Leaving Certificate Examination, 1923
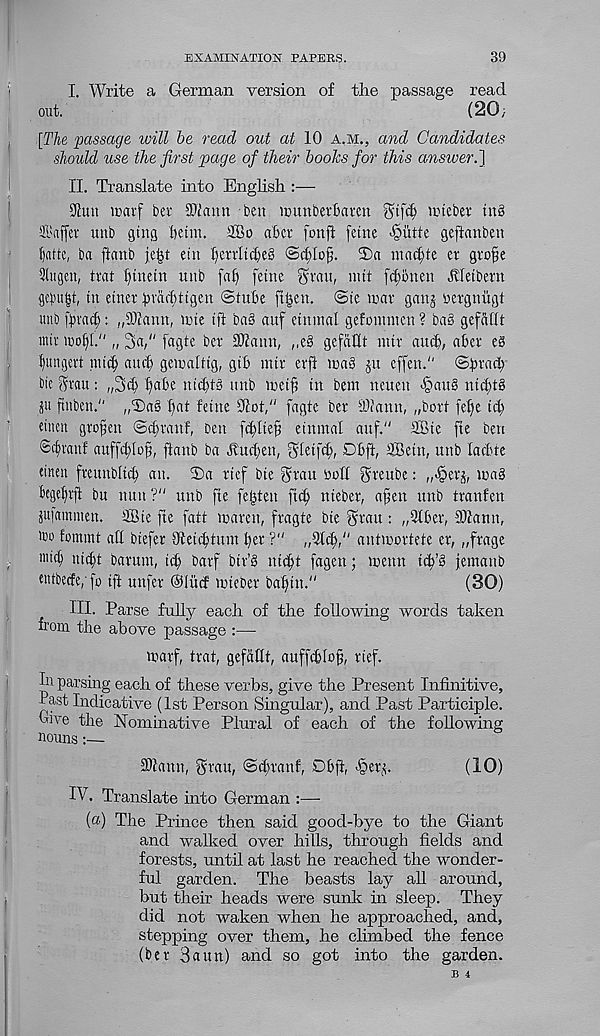
EXAMINATION PAPERS.
39
I. Write a German version of the passage read
out.
(20;
[The 'passage will be read out at 10 a.m., and Candidates
should use the first page of their boohs for this answer.]
II. Translate into English :—
9hut icarf ber SJiann ben munberfiavcn
nhebet tug
2.1'affer imb gtng teim.
aber fonft fetne
geftanben
^atte, ba ftcmb
etn I)crrltcbe§ @.§Iof. 2)a mac^te er gro^e
Sltigcn, trat l)tnetn unb [af) fetne gvatt, nttt f(t)bnen Jlfetbent
gcbu|t, tn etnev bvaittigen ©tube fhjcn. ©te war gang nergnitgl
unb fbvadjj: „3)iann, wte tft bag auf etnmal gefotnntcu ? bag gefaflt
intt U)o[)[." „ 3a," fagte ber Sliamt, ,,eg gefaUt nttr aucb, aber eg
ljungert tnic^ and) gewalttg, gib mtr erfl mag gu cffen." ©bracb
bie prau: „3^ <)abe nid)tg unb met^ tn betn neuen -§attg ntd)tg
p ftttben." „T)ag [)at fetne 91ot," fagte ber yliann, „bort fefje id)
etitat grofen ©d)rauf, ben fd)ltef einmal auf." SBie fte ben
©c^vaiif auffc^lof, ftanb ba Hucbett, ^letfc^, Dbft, 3Betn, unb la due
duett freunbltcb au -
rtef bte grau sod grettbe: „<§erg, mag
hge^rjf bu nun ?" unb fte felpen fttft nieber, afen unb tranfen
Plammen. ffiie fte fatt maren, fragte bte ^rau : „91 ber, Mann,
too fommt all btefer Oteitbtum ber ?"
antmortete er, „frage
m'd uid)t barum, id) barf btr’g nicbt fagen; menn tib’g jemanb
wtbecfe, [o iff ttnfer @lud mteber babin."
(30)
III. Parse fully each of the following words taken
from the above passage :—
warf, trat, gefadt, auffddofj, rief.
In parsing each of these verbs, give the Present Infinitive,
hast Indicative (1st Person Singular), and Past Participle.
Owe the Nominative Plural of each of the following
nouns:—
Mann, Sratt, ©dmanf, Obfl, >§erg.
(10)
IV. Translate into German :—
(«) The Prince then said good-bye to the Giant
and walked over hills, through fields and
forests, until at last he reached the wonder-
ful garden. The beasts lay all around,
but their heads were sunk in sleep. They
did not waken when he approached, and,
stepping over them, he climbed the fence
(ber 3aun) and so got into the garden.
B *